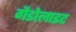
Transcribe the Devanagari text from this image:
गैडोलाइट